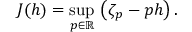
J ( h ) = \operatorname* { s u p } _ { p \in \mathbb { R } } \, \left( \zeta _ { p } - p h \right) .